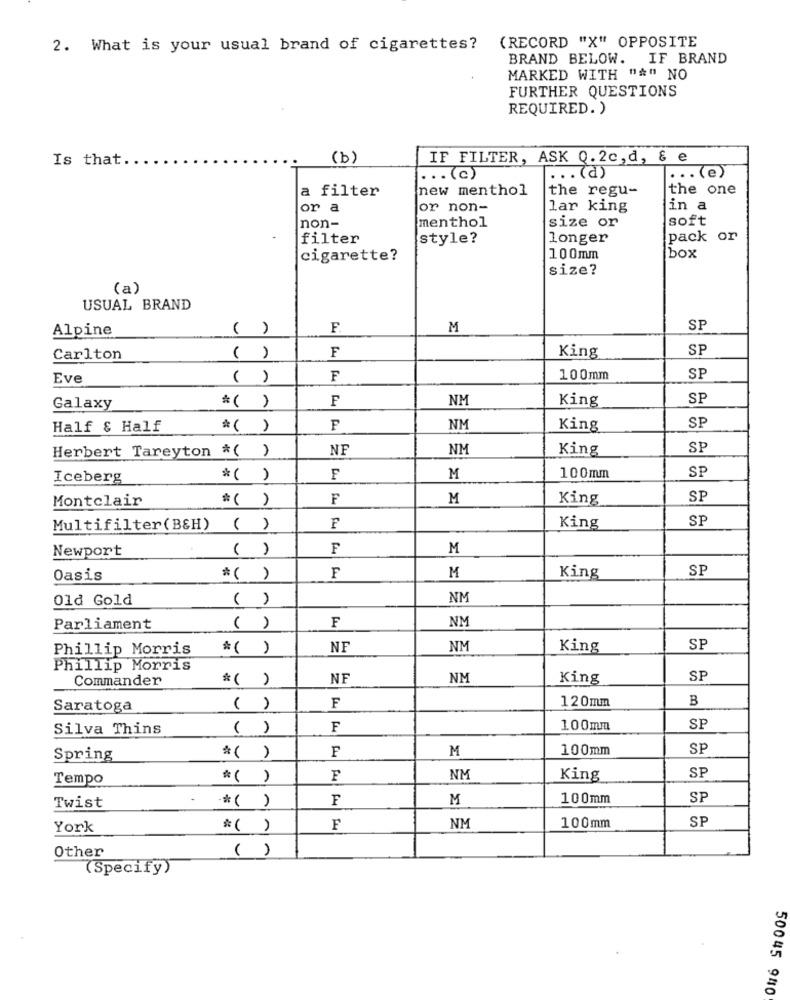
(RECORD "X" OPPOSITE
2. What is your usual brand of cigarettes?
BRAND BELOW. IF BRAND
MARKED WITH "*" NO
FURTHER QUESTIONS
REQUIRED. )
Is that.
(b)
IF FILTER, ASK Q.2c,d, & e
.. . (c)
. .. (d)
. .. (e)
a filter
new menthol
the regu-
the one
or a
or non-
lar king
in a
soft
non-
menthol
size or
filter
style?
longer
pack or
cigarette?
100mm
box
size?
(a)
USUAL BRAND
Alpine
( )
F.
M
SP
F
SP
Carlton
( )
King
Eve
( )
F
100mm
SP
F
NM
King
SP
Galaxy
* ( )
Half & Half
*( )
F
NM
King
SP
Herbert Tareyton *( )
NF
NM
King
SP
SP
Iceberg
*( )
F
M
100mm
Montclair
*( )
F
M
King
SP
SP
Multifilter(B&H)
( )
F
King
Newport
( )
F
M
SP
Oasis
*( )
F
M
King
01d Gold
( )
NM
NM
Parliament
( )
F
Phillip Morris
*( )
NF
NM
King
SP
Phillip Morris
Commander
*( )
NF
NM
King
SP
120mm
B
Saratoga
( )
F
Silva Thins
( )
F
100mm
SF
F
M
100mm
SP
Spring
*( )
SP
Tempo
*( )
F
NM
King
F
M
100mm
SP
Twist
*( )
SP
York
*( )
F
NM
100mm
Other
( )
(Specify)
50045 940